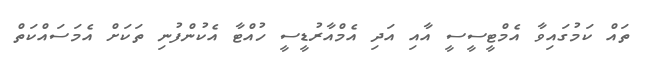
ތައް ކަމުގައިވާ އެމްޓީސީސީ އާއި އަދި އެމްއާރުޑީސީ ހުއްޓާ އެކުންފުނި ތަކަށް އެމަސައްކަތް